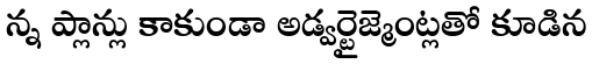
న్న ప్లాన్లు కాకుండా అడ్వర్టైజ్మెంట్లతో కూడిన